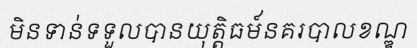
មិនទាន់ទទួលបានយុត្តិធម៍នគរបាលខណ្ឌ